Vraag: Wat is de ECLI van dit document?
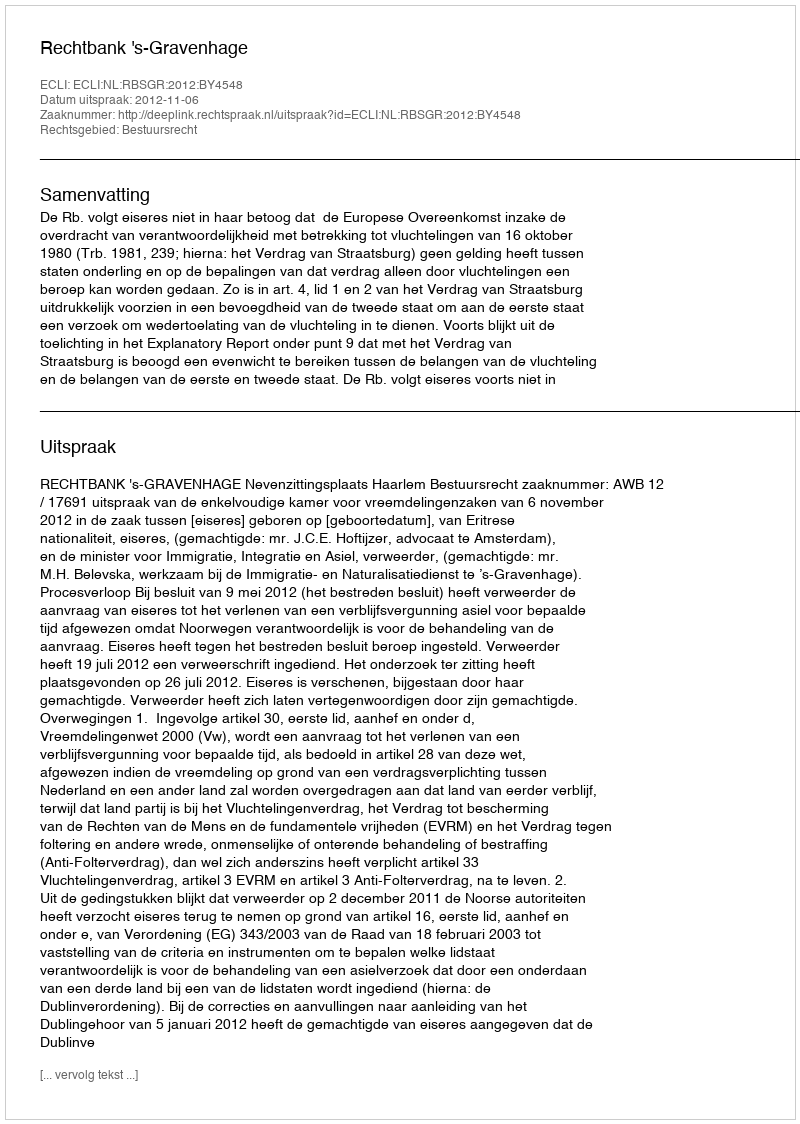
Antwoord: ECLI:NL:RBSGR:2012:BY4548